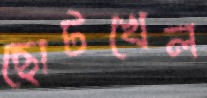
ছোটখেল